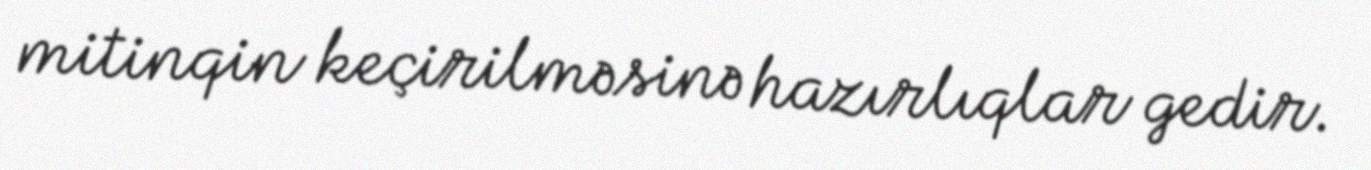
mitinqin keçirilməsinə hazırlıqlar gedir.